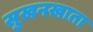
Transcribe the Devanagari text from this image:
सुखनखाता